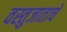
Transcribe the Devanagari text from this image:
वस्तुजाताचे